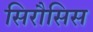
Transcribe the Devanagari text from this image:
सिरौसिस